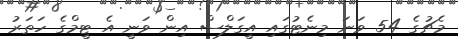
މެޗުގެ 54 ވަނަ މިނެޓުގައި އީގަލްސް އިން ވަނީ އެ ޓީމްގެ ހަތަރު